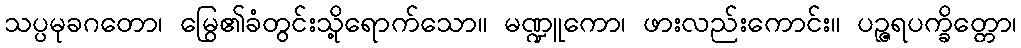
သပ္ပမုခဂတော၊ မြွေ၏ခံတွင်းသို့ရောက်သော။ မဏ္ဍူကော၊ ဖားလည်းကောင်း။ ပဉ္ဇရပက္ခိတ္တော၊